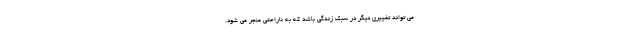
می تواند تغییری دیگر در سبک زندگی باشد که به ناراحتی منجر می شود.